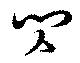
閃